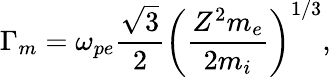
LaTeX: \Gamma_{m}=\omega_{pe}\frac{\sqrt{3}}{2}\left(\frac{Z^{2}m_{e}}{2m_{i}}\right)^{1/3},